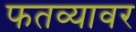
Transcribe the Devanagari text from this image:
फतव्यावर